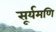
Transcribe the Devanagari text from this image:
सूर्यमणि